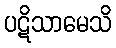
ပဋိသာမေသိ